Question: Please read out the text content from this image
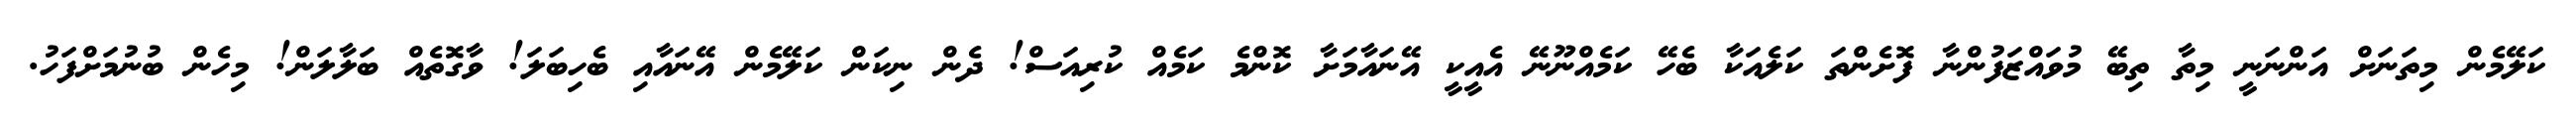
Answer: ކަލޭމެން މިތަނަށް އަންނަނީ މިތާ ތިބޭ މުވައްޒަފުންނާ ފޮށެންތަ ކަލެއަކާ ބެހޭ ކަމެއްނޫނޭ އެއީކީ އޭނައާމަށާ ކޮންމެ ކަމެއް ކުރިއަސް! ދެން ނިކަން ކަލޭމެން އޭނައާއި ބެހިބަލަ! ވާގޮތެއް ބަލާލަން! މިހެން ބުނުމަށްފަހު.